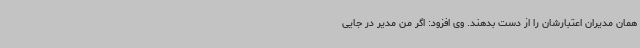
همان مدیران اعتبارشان را از دست بدهند. وی افزود: اگر من مدیر در جایی